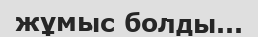
жұмыс болды...